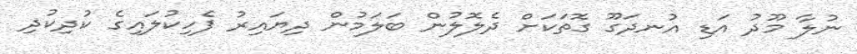
ނުލާ މޫދު އަޑި އުނދަގޫ ގޮތަކަށް ދެލޮލުން ބަލަމުން ދިޔައިރު ފެހިކުލައިގެ ކުދިކުދި